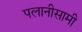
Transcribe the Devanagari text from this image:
पलानीसामी